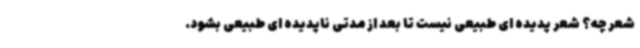
شعر چه؟ شعر پدیده ای طبیعی نیست تا بعد از مدتی ناپدیده ای طبیعی بشود.